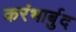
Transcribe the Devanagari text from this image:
करंभार्बुद